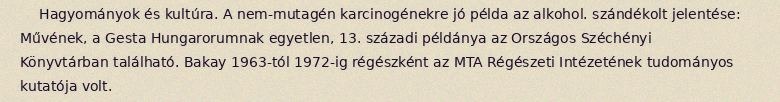
Hagyományok és kultúra. A nem-mutagén karcinogénekre jó példa az alkohol. szándékolt jelentése: Művének, a Gesta Hungarorumnak egyetlen, 13. századi példánya az Országos Széchényi Könyvtárban található. Bakay 1963-tól 1972-ig régészként az MTA Régészeti Intézetének tudományos kutatója volt.